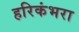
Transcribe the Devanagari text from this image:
हरिकंभरा